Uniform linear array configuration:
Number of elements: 24
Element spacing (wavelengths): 0.25
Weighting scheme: blackman
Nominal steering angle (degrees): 15
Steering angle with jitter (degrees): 13.342
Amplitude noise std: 0.05
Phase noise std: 0.05

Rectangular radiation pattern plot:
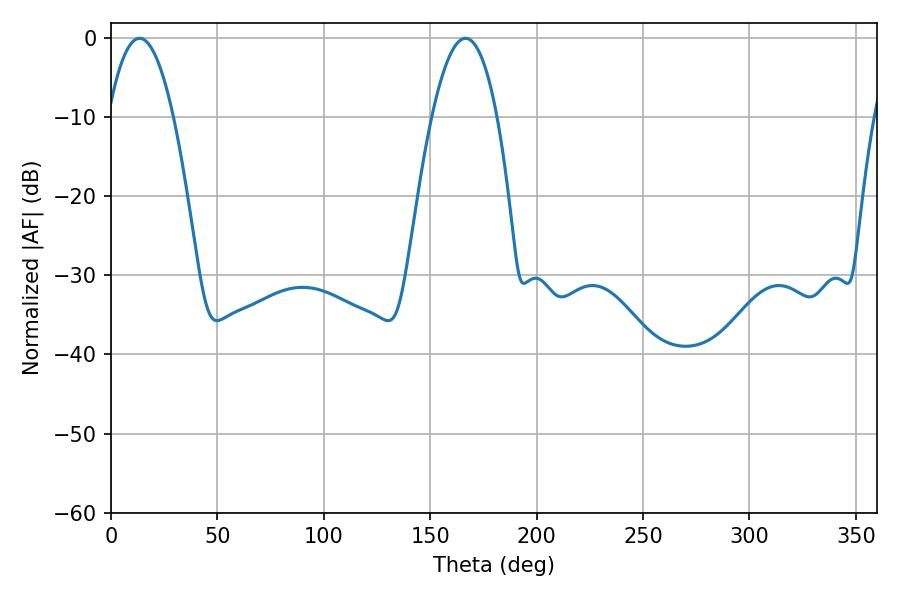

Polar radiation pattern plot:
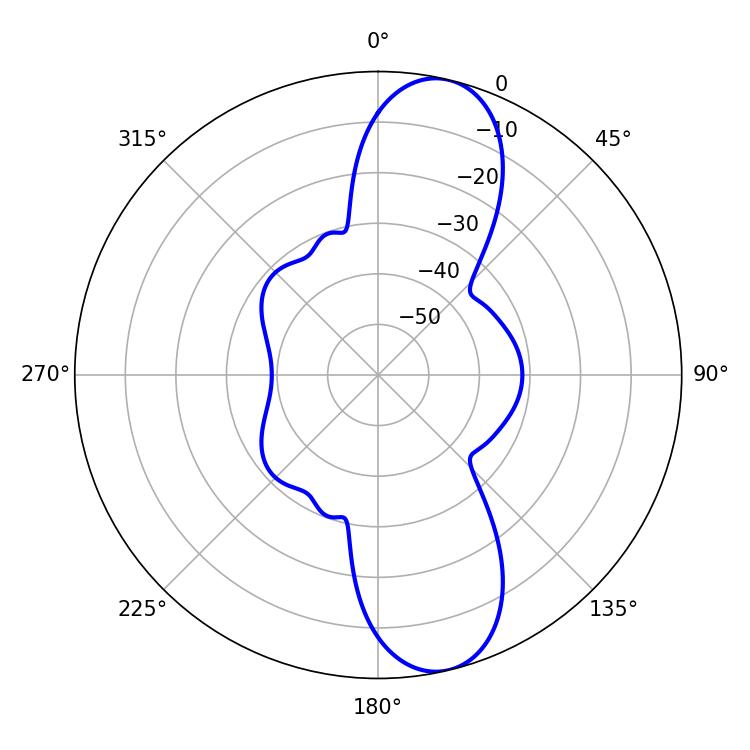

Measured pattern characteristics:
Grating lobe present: FALSE
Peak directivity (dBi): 11.28
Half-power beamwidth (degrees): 16.74
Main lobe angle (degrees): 13.5